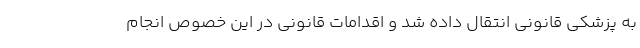
به پزشکی قانونی انتقال داده شد و اقدامات قانونی در این خصوص انجام